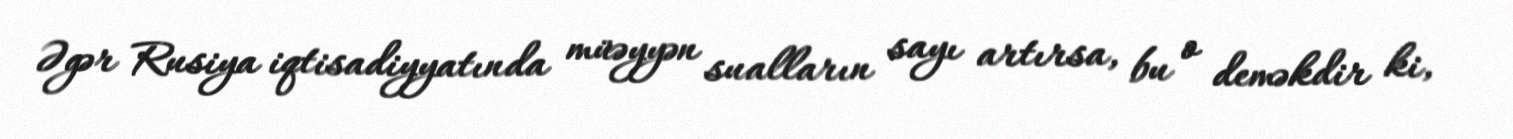
Əgər Rusiya iqtisadiyyatında müəyyən sualların sayı artırsa, bu o deməkdir ki,